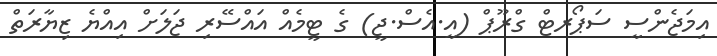
އިމަޖެންސީ ސަޕޯރޓް ގްރޫޕް (އީ.އެސް.ޖީ) ގެ ޓީމެއް އައްސޭރި ޖަލަށް އިއްޔެ ޒިޔާރަތް